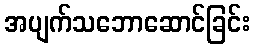
အပျက်သဘောဆောင်ခြင်း